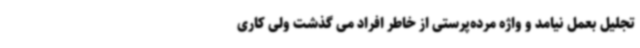
تجلیل بعمل نیامد و واژه مرده‌پرستی از خاطر افراد می گذشت ولی کاری